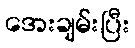
အေးချမ်းပြီး